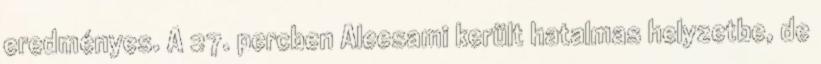
eredményes. A 27. percben Aleesami került hatalmas helyzetbe, de